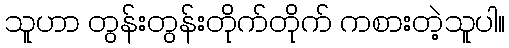
သူဟာ တွန်းတွန်းတိုက်တိုက် ကစားတဲ့သူပါ။